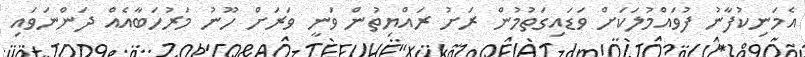
އެމަނިކުފާނު ފުވައްމުލަކަށް ވަޑައިގަތުމުން ރަށު ރައްޔިތުން ވަނީ ވަރަށް ހޫނު މަރުހަބާއެއް ދަންނަވައި